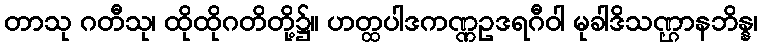
တာသု ဂတီသု၊ ထိုထိုဂတိတို့၌။ ဟတ္ထပါဒကဏ္ဏဥဒရဂီဝါ မုခါဒိသဏ္ဌာနဘိန္န၊